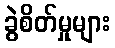
ခွဲစိတ်မှုများ